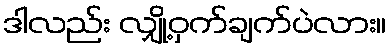
ဒါလည်း လျှို့ဝှက်ချက်ပဲလား။